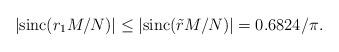
LaTeX: \begin{align*}|\mathrm{sinc}(r_1M/N)|\le|\mathrm{sinc}(\tilde{r}M/N)| =0.6824/\pi.\end{align*}